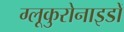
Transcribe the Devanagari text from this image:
ग्लूकुरोनाइडों